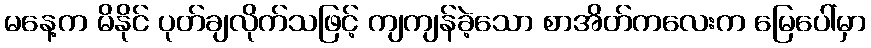
မနေ့က မိနိုင် ပုတ်ချလိုက်သဖြင့် ကျကျန်ခဲ့သော စာအိတ်ကလေးက မြေပေါ်မှာ